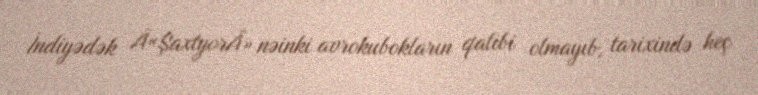
İndiyədək Â«ŞaxtyorÂ» nəinki avrokubokların qalibi olmayıb, tarixində heç